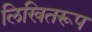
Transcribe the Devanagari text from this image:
लिखितरूप